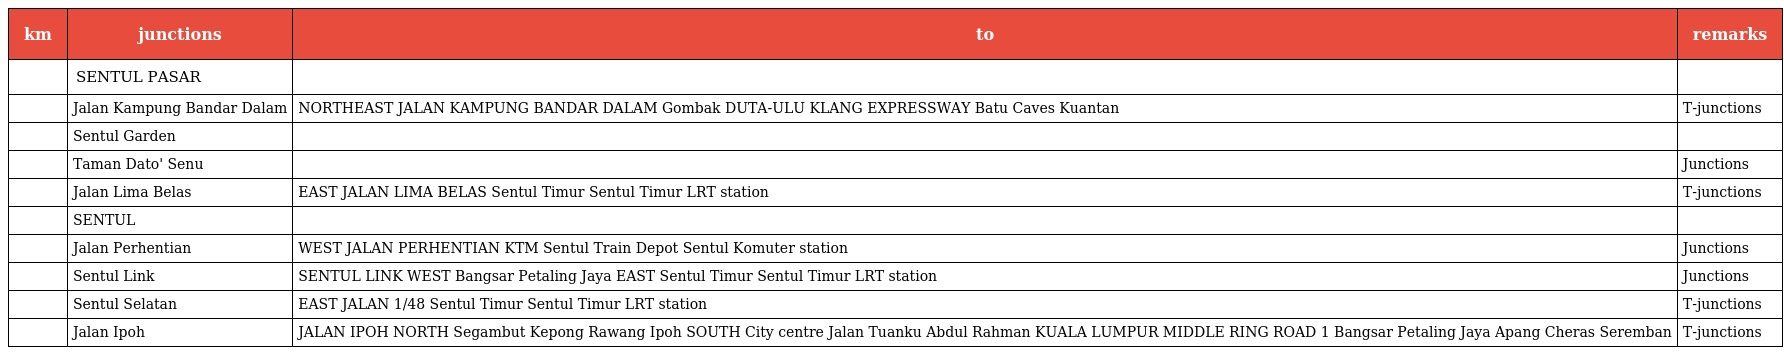
| km | junctions | to | remarks |
 | --- | --- | --- | --- |
 |  | SENTUL PASAR |  |  |
 |  | Jalan Kampung Bandar Dalam | NORTHEAST JALAN KAMPUNG BANDAR DALAM Gombak DUTA-ULU KLANG EXPRESSWAY Batu Caves Kuantan | T-junctions |
 |  | Sentul Garden |  |  |
 |  | Taman Dato' Senu |  | Junctions |
 |  | Jalan Lima Belas | EAST JALAN LIMA BELAS Sentul Timur Sentul Timur LRT station | T-junctions |
 |  | SENTUL |  |  |
 |  | Jalan Perhentian | WEST JALAN PERHENTIAN KTM Sentul Train Depot Sentul Komuter station | Junctions |
 |  | Sentul Link | SENTUL LINK WEST Bangsar Petaling Jaya EAST Sentul Timur Sentul Timur LRT station | Junctions |
 |  | Sentul Selatan | EAST JALAN 1/48 Sentul Timur Sentul Timur LRT station | T-junctions |
 |  | Jalan Ipoh | JALAN IPOH NORTH Segambut Kepong Rawang Ipoh SOUTH City centre Jalan Tuanku Abdul Rahman KUALA LUMPUR MIDDLE RING ROAD 1 Bangsar Petaling Jaya Apang Cheras Seremban | T-junctions |